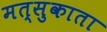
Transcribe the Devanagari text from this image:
मत्सुकाता